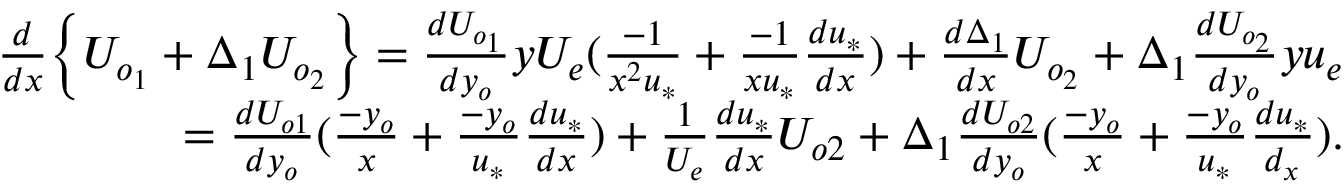
\begin{array} { r } { \frac { d } { d x } \Big \{ U _ { o _ { 1 } } + \Delta _ { 1 } U _ { o _ { 2 } } \Big \} = \frac { d U _ { o _ { 1 } } } { d y _ { o } } y U _ { e } ( \frac { - 1 } { x ^ { 2 } u _ { * } } + \frac { - 1 } { x u _ { * } } \frac { d u _ { * } } { d x } ) + \frac { d \Delta _ { 1 } } { d x } U _ { o _ { 2 } } + \Delta _ { 1 } \frac { d U _ { o _ { 2 } } } { d y _ { o } } y u _ { e } } \\ { = \frac { d U _ { o 1 } } { d y _ { o } } ( \frac { - y _ { o } } { x } + \frac { - y _ { o } } { u _ { * } } \frac { d u _ { * } } { d x } ) + \frac { 1 } { U _ { e } } \frac { d u _ { * } } { d x } U _ { o 2 } + \Delta _ { 1 } \frac { d U _ { o 2 } } { d y _ { o } } ( \frac { - y _ { o } } { x } + \frac { - y _ { o } } { u _ { * } } \frac { d u _ { * } } { d _ { x } } ) . } \end{array}